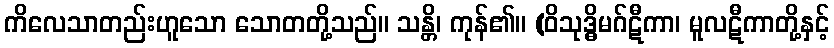
ကိလေသာတည်းဟူသော သောတတို့သည်။ သန္တိ၊ ကုန်၏။ (ဝိသုဒ္ဓိမဂ်ဋီကာ၊ မူလဋီကာတို့နှင့်